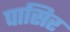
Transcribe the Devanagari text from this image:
पासिर